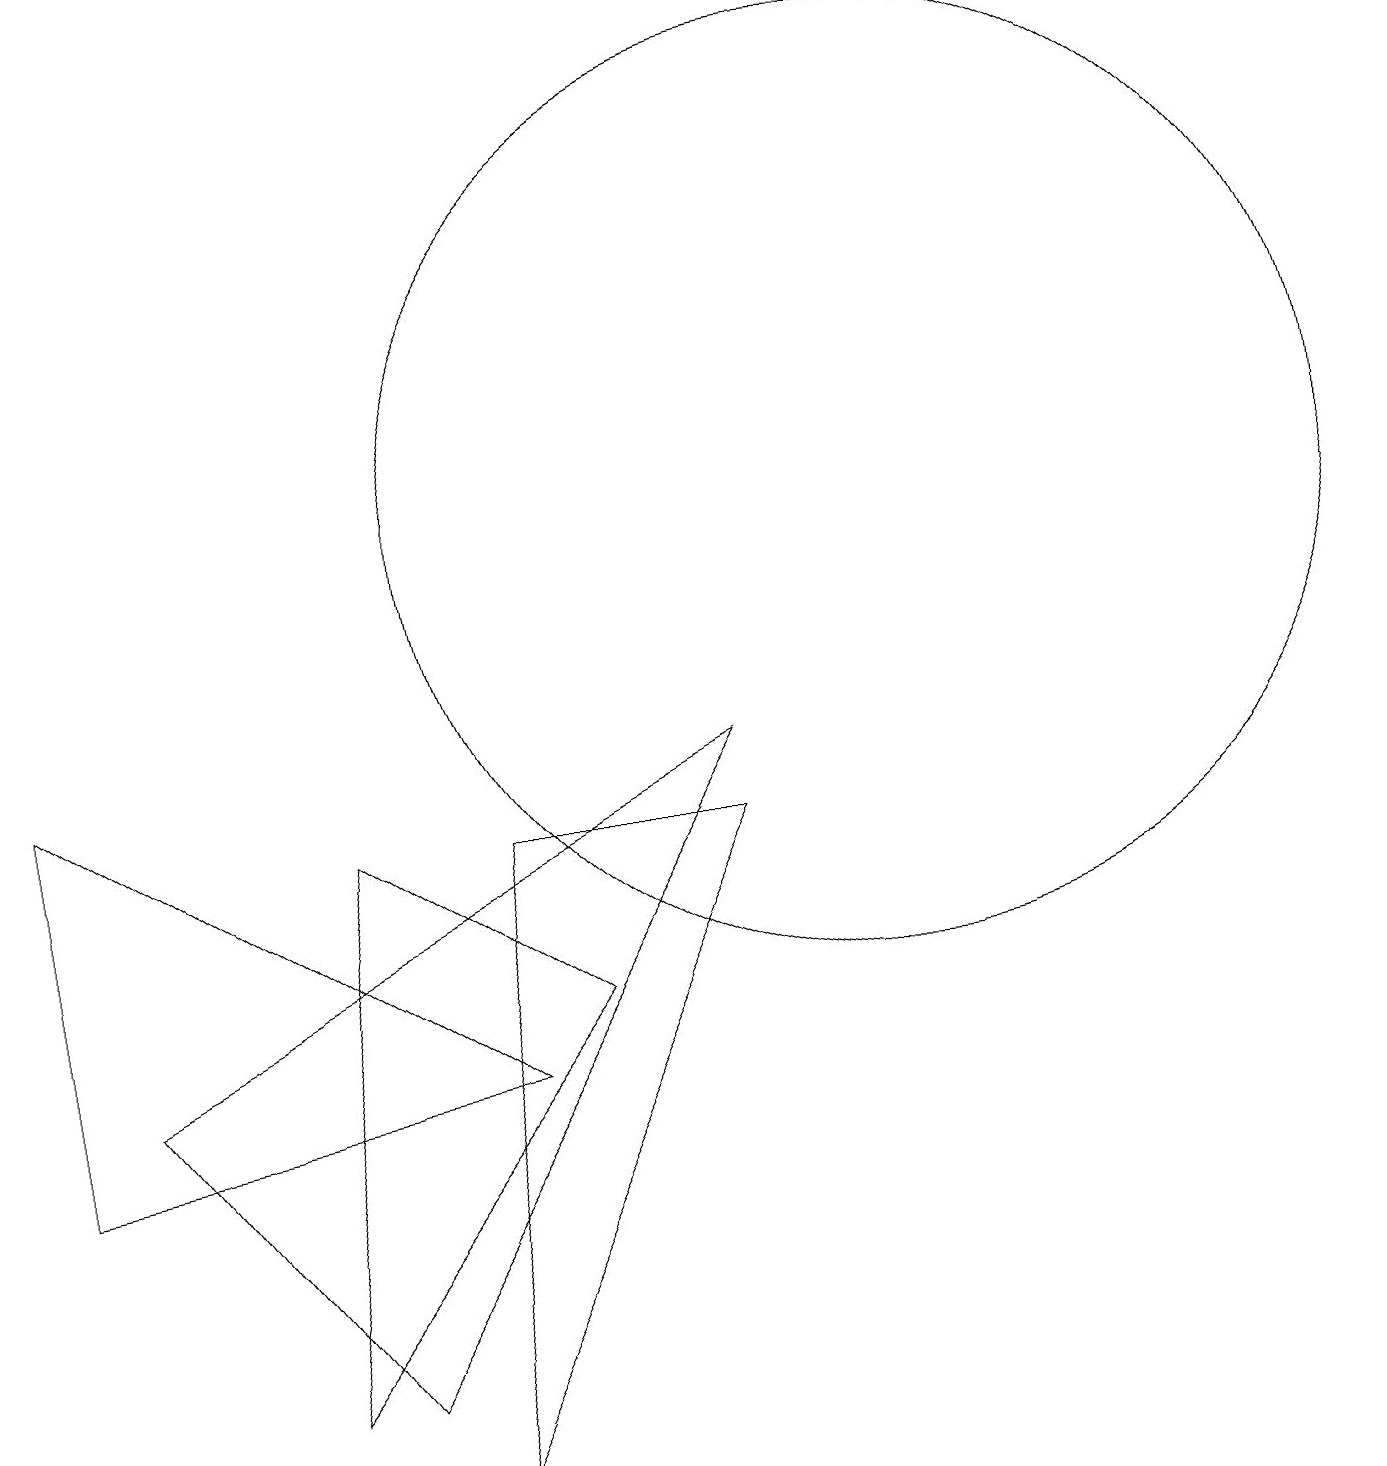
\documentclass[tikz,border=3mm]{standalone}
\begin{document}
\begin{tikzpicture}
\draw (4,8) -- (7,6) -- (3,1) -- cycle;
\draw (6,8) -- (9,8) -- (5,0) -- cycle;
\draw (11,12) circle (6);
\draw (9,9) -- (4,1) -- (1,5) -- cycle;
\draw (0,9) -- (0,4) -- (6,5) -- cycle;
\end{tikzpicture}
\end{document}